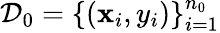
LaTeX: \mathcal{D}_{0}=\{ (\mathbf{x}_{i},y_{i})\} _{i=1}^{n_{0}}